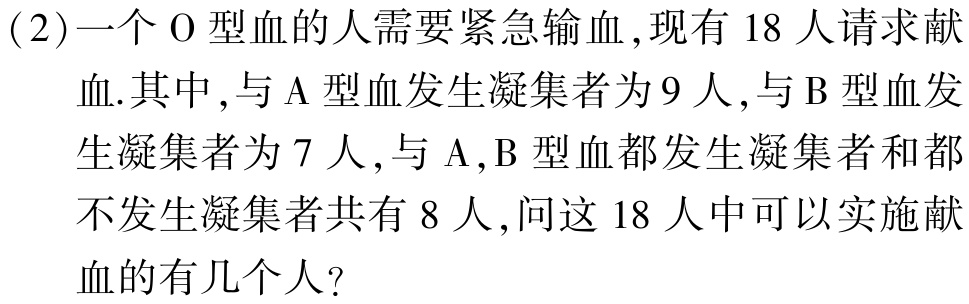
(2)一个\(O\)型血的人需要紧急输血,现有\(18\)人请求献血.其中,与\(A\)型血发生凝集者为\(9\)人,与\(B\)型血发生凝集者为\(7\)人,与\(A\),\(B\)型血都发生凝集者和都不发生凝集者共有\(8\)人,问这\(18\)人中可以实施献血的有几个人?